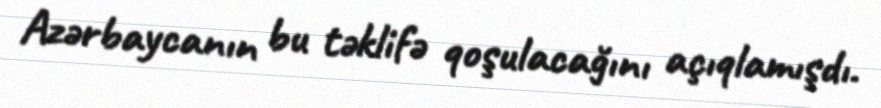
Azərbaycanın bu təklifə qoşulacağını açıqlamışdı.